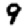
Digit: 9